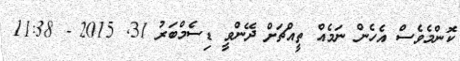
ކޮންމެވެސް އެހެން ނަމެއް ތީއްޗަށް ދޭންވީ ޑިސެމްބަރު 31